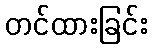
တင်ထားခြင်း